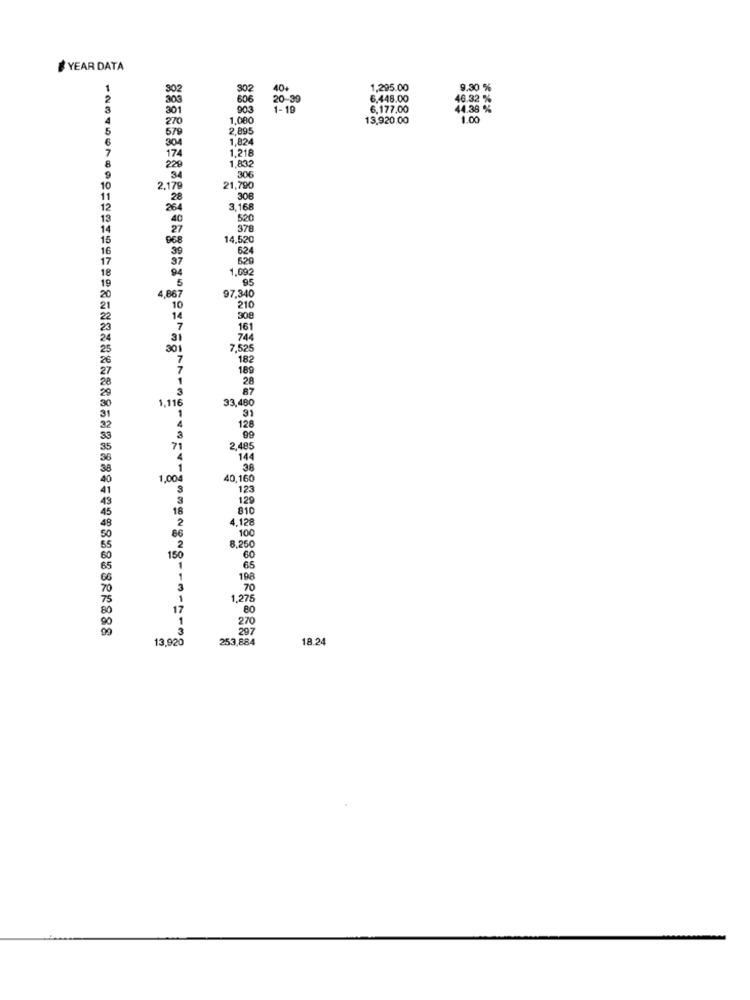
YEAR DATA
302
302
40+
1,295.00
9.30 %
303
606
20-39
6,448.00
46.32 %
301
903
1-19
6,177.00
44.38 %
270
1,080
13,920.00
1.00
5
579
2,89
6
304
1,824
7
1,21
174
1,832
8
229
34
306
10
2,179
21,790
11
28
308
12
264
3.168
13
40
520
14
27
378
15
968
14,520
16
30
624
17
97
629
94
1,092
18
95
19
4,867
97,340
20
10
210
14
308
161
3i
744
30
7,525
7
182
7
189
1
28
3
87
1,116
33,480
31
1
128
99
71
2,485
144
.. 1
38
1,004
40,160
123
3
129
18
810
2
4.128
100
66
2
8,250
150
60
1
65
1
198
3
70
1
1,275
17
80
270
297
13,920
253,884
18.24